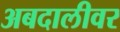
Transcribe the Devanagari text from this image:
अबदालीवर